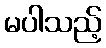
မပါသည့်